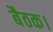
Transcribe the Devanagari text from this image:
बैठक।